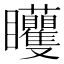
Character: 𥍜